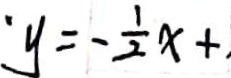
y = - \frac { 1 } { 2 } x + .